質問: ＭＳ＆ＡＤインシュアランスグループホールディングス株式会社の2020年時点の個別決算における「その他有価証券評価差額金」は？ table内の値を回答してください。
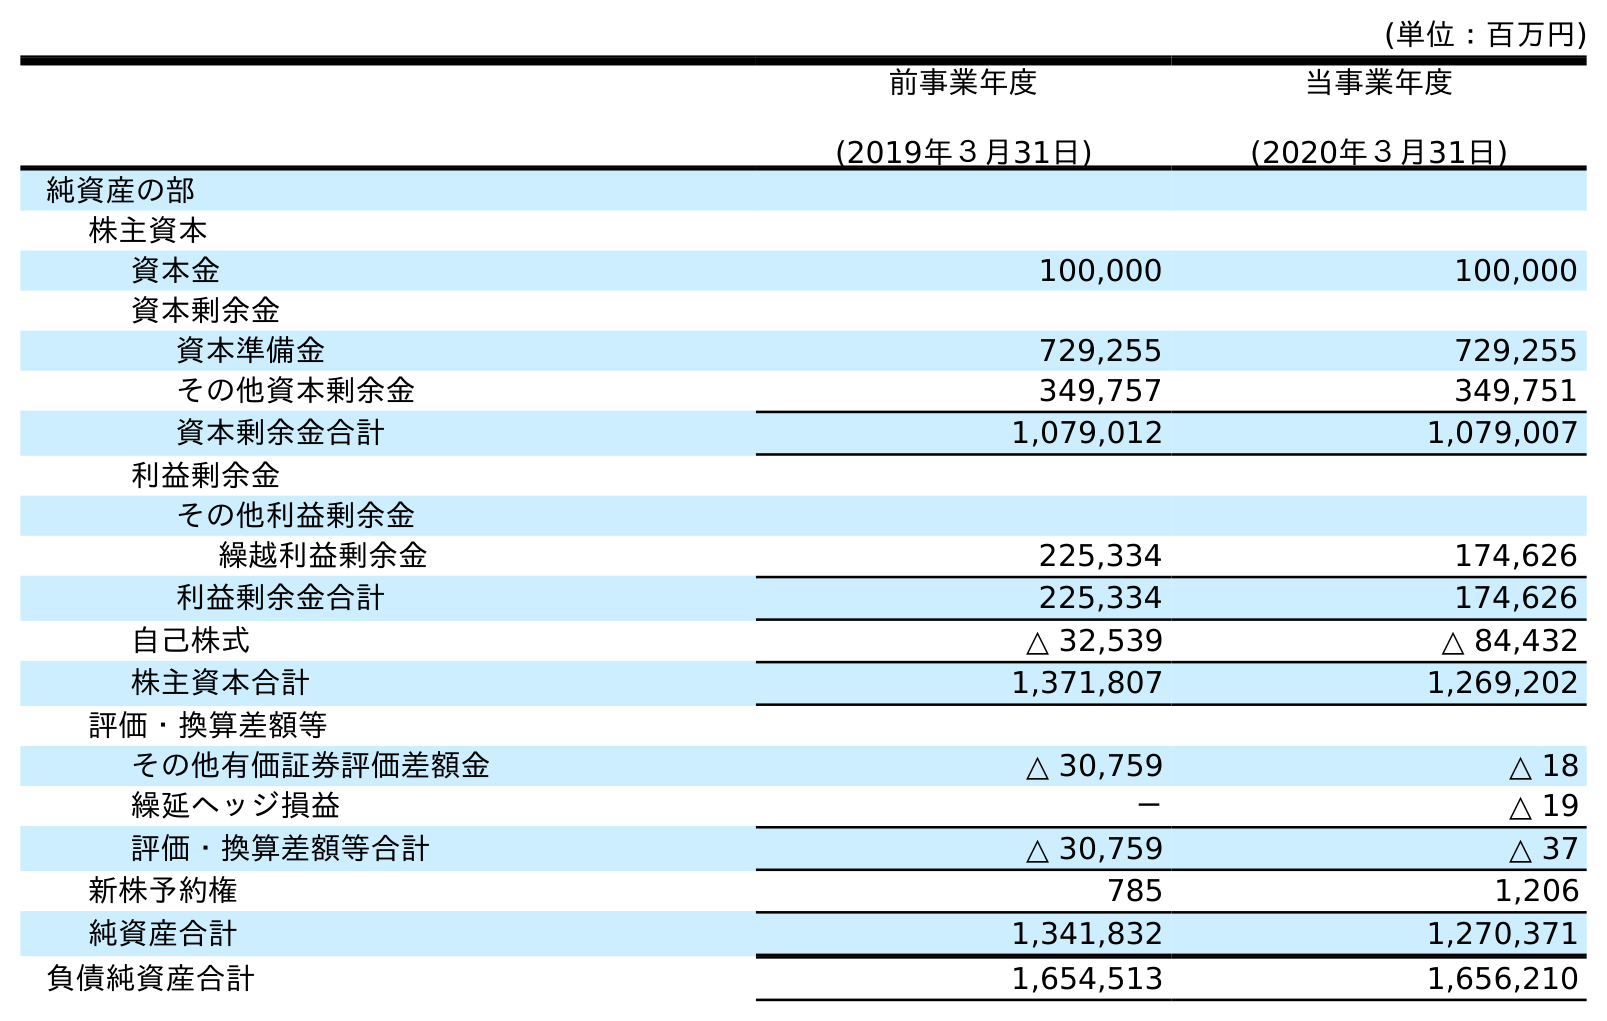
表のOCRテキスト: (単位：百万円) 前事業年度 (2019年３月31日) 当事業年度 (2020年３月31日) 純資産の部 株主資本 資本金 100,000 100,000 資本剰余金 資本準備金 729,255 729,255 その他資本剰余金 349,757 349,751 資本剰余金合計 1,079,012 1,079,007 利益剰余金 その他利益剰余金 繰越利益剰余金 225,334 174,626 利益剰余金合計 225,334 174,626 自己株式 △ 32,539 △ 84,432 株主資本合計 1,371,807 1,269,202 評価・換算差額等 その他有価証券評価差額金 △ 30,759 △ 18 繰延ヘッジ損益 － △ 19 評価・換算差額等合計 △ 30,759 △ 37 新株予約権 785 1,206 純資産合計 1,341,832 1,270,371 負債純資産合計 1,654,513 1,656,210
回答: △18